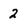
Character: 2